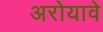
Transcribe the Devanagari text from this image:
अरोयावे